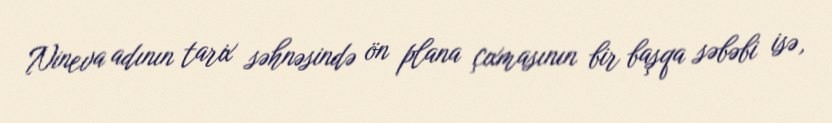
Nineva adının tarix səhnəsində ön plana çıxmasının bir başqa səbəbi isə,